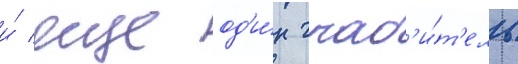
и́ еще од'и́н граб'и́т'ель